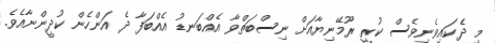
މި ދެކައިވެނިވެސް ކުރީ ރޫމޭނިޔާއަށް ނިސްބަތްވާ އެއްބަނޑު އެއްބަފާ ދެ އަންހެން ކުދީންނާއެވެ.